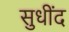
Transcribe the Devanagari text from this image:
सुधींद